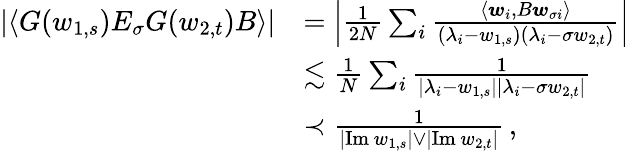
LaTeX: \begin{array}{rl}{|\langle G(w_{1,s})E_{\sigma}G(w_{2,t})B\rangle|}&{=\left|\frac{1}{2N}\sum_{i}\frac{\langle\boldsymbol{w}_{i},B\boldsymbol{w}_{\sigma i}\rangle}{(\lambda_{i}-w_{1,s})(\lambda_{i}-\sigma w_{2,t})}\right|}\\ &{\lesssim\frac{1}{N}\sum_{i}\frac{1}{|\lambda_{i}-w_{1,s}||\lambda_{i}-\sigma w_{2,t}|}}\\ &{\prec\frac{1}{|\mathrm{Im}\, w_{1,s}|\vee|\mathrm{Im}\, w_{2,t}|}\, ,}\end{array}